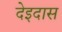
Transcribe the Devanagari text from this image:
देइदास